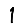
Digit: 1